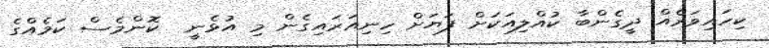
ކިހައިވަރެއް ދީގެންބާ ކުއްލިއަކަށް ފަޔަށް ހިނިއަރައިގެން މި އުޅެނީ  ކޮންމެސް ކަމެއްގެ